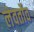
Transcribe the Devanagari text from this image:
लेवर्तोव